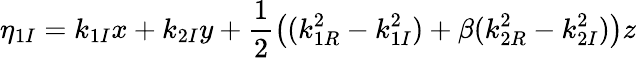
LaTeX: \eta_{1I}=k_{1I}x+k_{2I}y+\frac{1}{2}\big((k_{1R}^{2}-k_{1I}^{2})+\beta(k_{2R}^{2}-k_{2I}^{2})\big)z